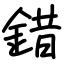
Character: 錯